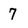
Character: 7